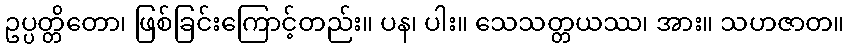
ဥပ္ပတ္တိတော၊ ဖြစ်ခြင်းကြောင့်တည်း။ ပန၊ ပါး။ သေသတ္တယဿ၊ အား။ သဟဇာတ။